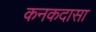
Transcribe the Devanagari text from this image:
कनकदासा